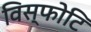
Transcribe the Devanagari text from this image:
विस्फोटि